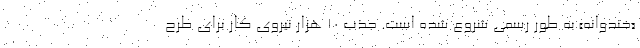
«خندوانه» به طور رسمی شروع شده است. جذب ۱۰ هزار نیروی کار برای طرح